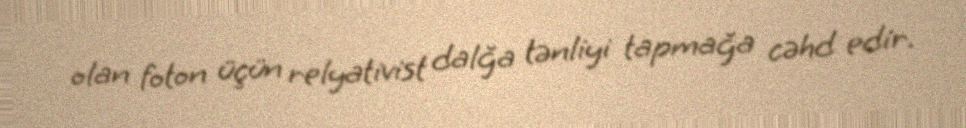
olan foton üçün relyativist dalğa tənliyi tapmağa cəhd edir.